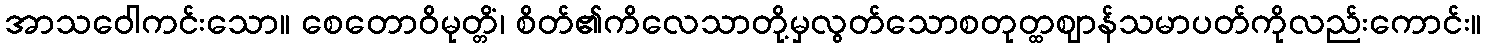
အာသဝေါကင်းသော။ စေတောဝိမုတ္တိံ၊ စိတ်၏ကိလေသာတို့မှလွတ်သောစတုတ္ထဈာန်သမာပတ်ကိုလည်းကောင်း။